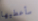
سأعطيها